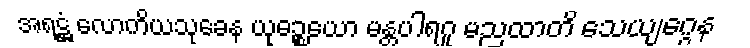
အရဋ္ဌံ လောကိယသုခေန ယုဓဉ္စယော မန္တပါရဂူ မညထာတိ သေယျဂ္ဂေန